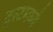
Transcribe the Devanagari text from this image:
ट्रस्टमध्ये